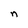
Character: n